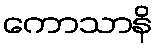
ကောသာနိ